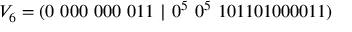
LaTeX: V _ { 6 } = ( 0 \ 0 0 0 \ 0 0 0 \ 0 1 1 \ | \ 0 ^ { 5 } \ 0 ^ { 5 } \ 1 0 1 1 0 1 0 0 0 0 1 1 )